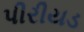
પીરીયડ